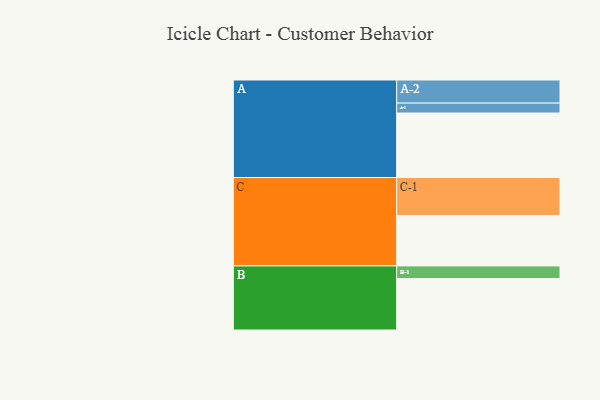
{"axis": {"x": "Segment", "y": "Value"}, "legend": ["", "A", "B", "C"], "data": [{"x": "A", "y": 494, "type": ""}, {"x": "B", "y": 394, "type": ""}, {"x": "C", "y": 386, "type": ""}, {"x": "A-1", "y": 76, "type": "A"}, {"x": "A-2", "y": 177, "type": "A"}, {"x": "B-1", "y": 97, "type": "B"}, {"x": "C-1", "y": 291, "type": "C"}]}